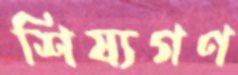
শিষ্যগণ